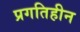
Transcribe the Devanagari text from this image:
प्रगतिहीन